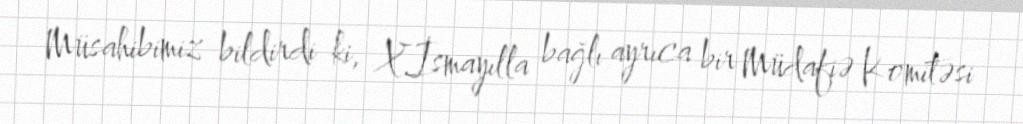
Müsahibimiz bildirdi ki, X.İsmayılla bağlı ayrıca bir Müdafiə Komitəsi